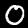
Label: 0